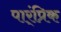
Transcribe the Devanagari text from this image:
पार्ंप्रिक